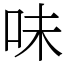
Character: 味